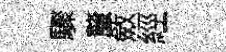
驟釐斂經